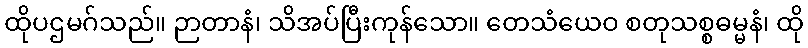
ထိုပဌမဂ်သည်။ ဉာတာနံ၊ သိအပ်ပြီးကုန်သော။ တေသံယေဝ စတုသစ္စဓမ္မနံ၊ ထို